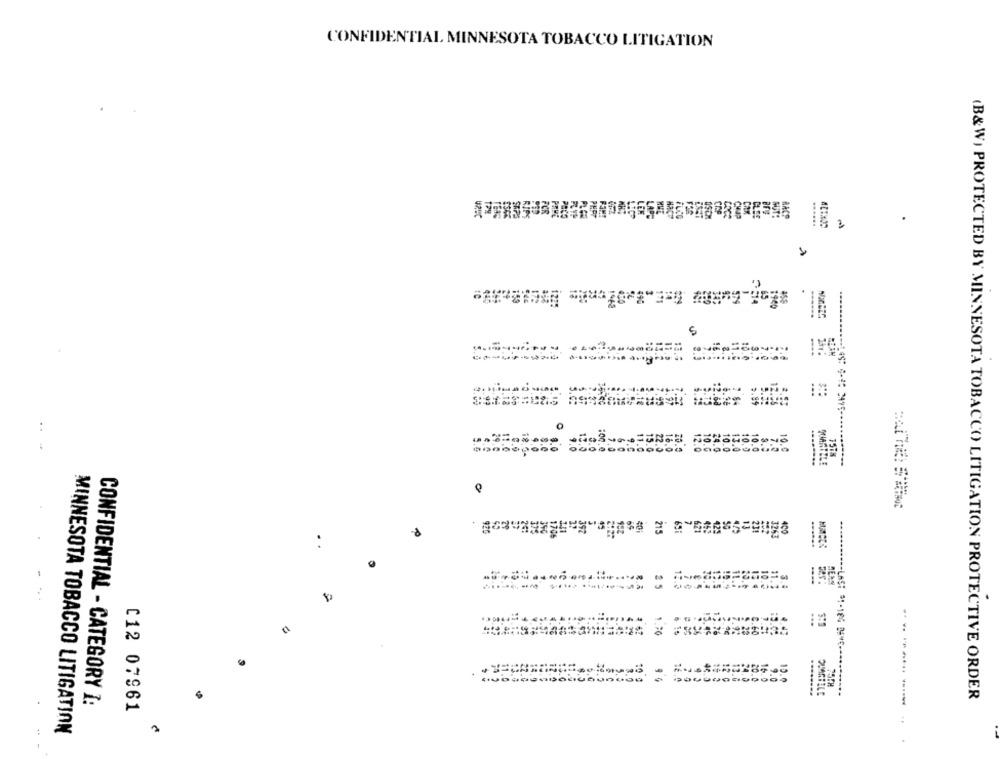
CONFIDENTIAL MINNESOTA TOBACCO LITIGATION
......
900
.... .. 0000.0 0.00.00.
---.
0
-----
000600000 000000000000 0000000000
..
......
MEAN
.. .. .
9.0
15.0
........
QUARTILE
(B&W) PROTECTED BY MINNESOTA TOBACCO LITIGATION PROTECTIVE ORDER
CONFIDENTIAL - CATEGORY I:
C12 07961
MINNESOTA TOBACCO LITIGATION